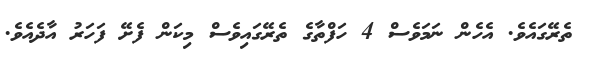
ތެރޭގައެވެ. އެހެން ނަމަވެސް 4 ހަފްތާގެ ތެރޭގައިވެސް މިކަން ފެށޭ ފަހަރު އާދެއެވެ.